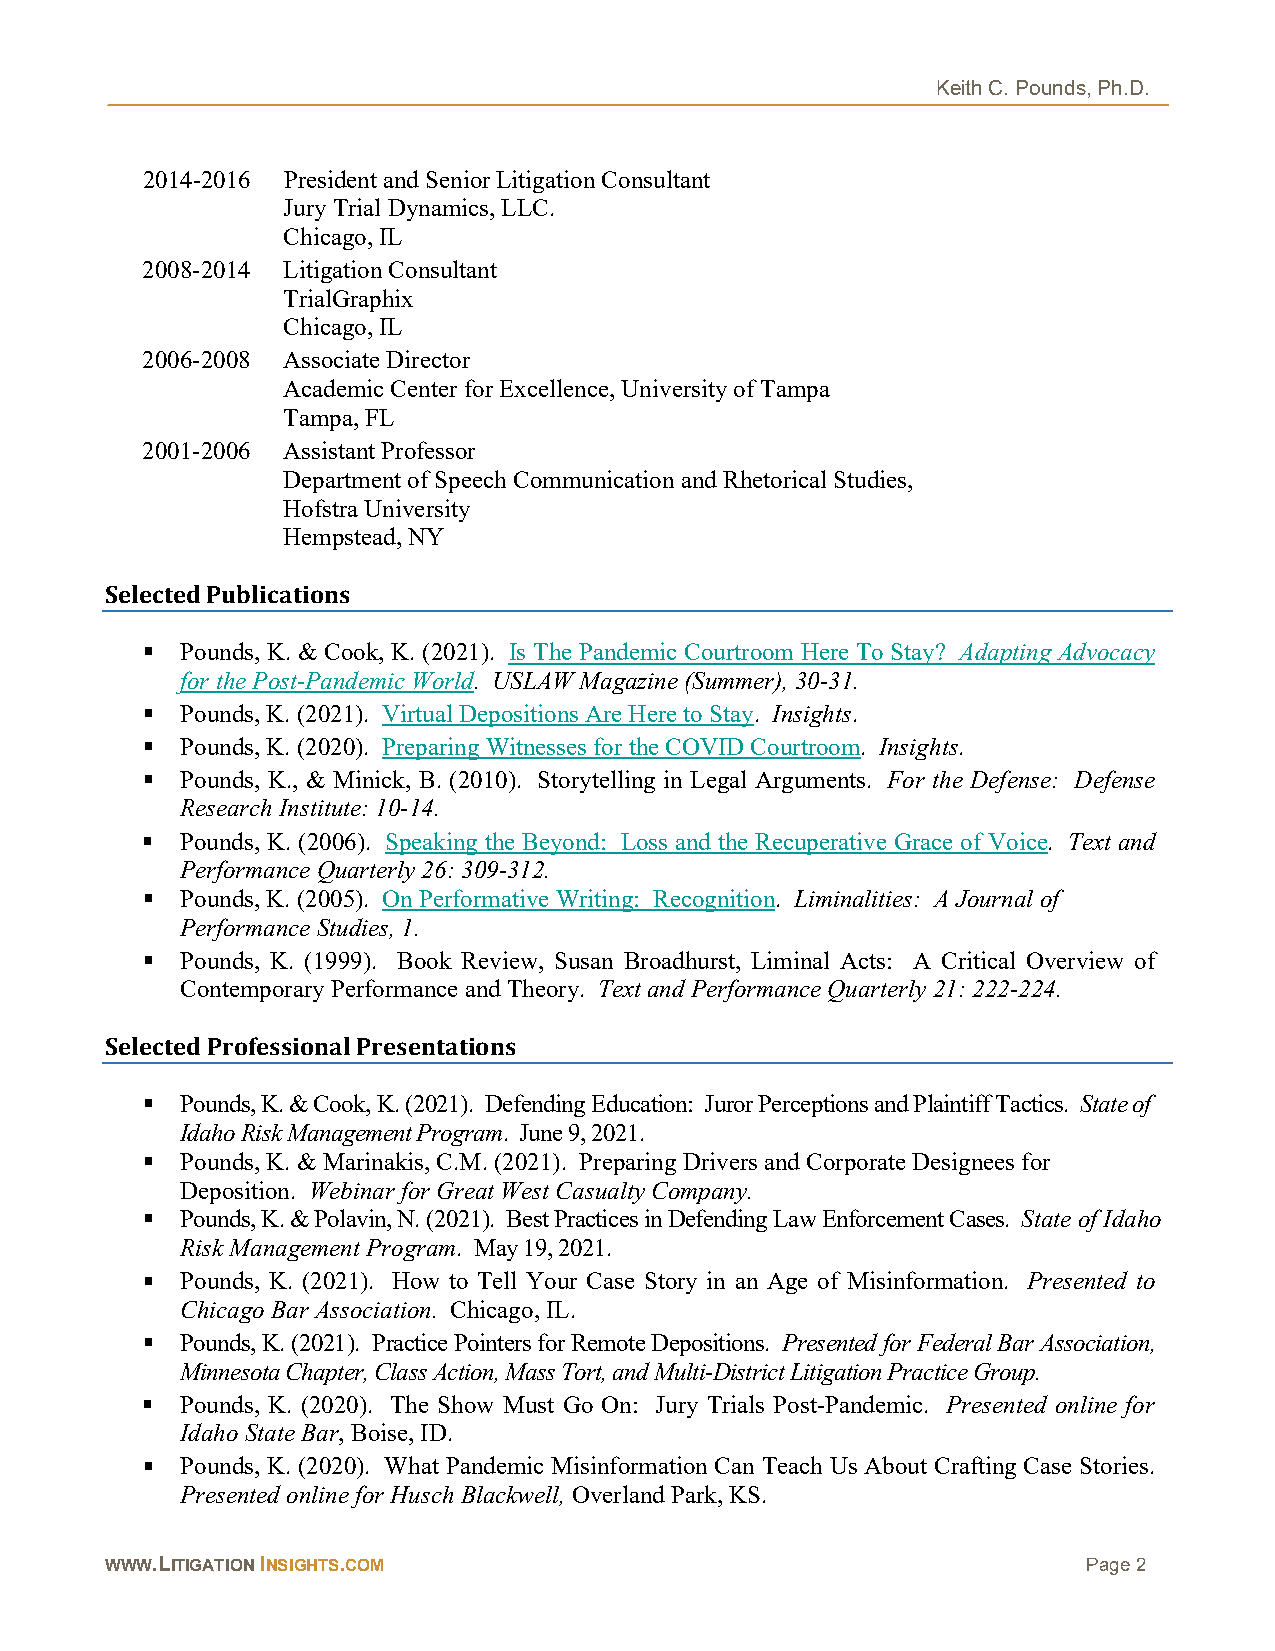
Keith C. Pounds, Ph.D.
 2014-2016 President and Senior Litigation Consultant
 Jury Trial Dynamics, LLC.
 Chicago, IL
 2008-2014 Litigation Consultant
 TrialGraphix
 Chicago, IL
 2006-2008 Associate Director
 Academic Center for Excellence, University of Tampa
 Tampa, FL
 2001-2006 Assistant Professor
 Department of Speech Communication and Rhetorical Studies,
 Hofstra University
 Hempstead, NY
 Selected Publications
   Pounds, K. & Cook, K. (2021). Is The Pandemic Courtroom Here To Stay? Adapting Advocacy
 for the Post-Pandemic World. USLAW Magazine (Summer), 30-31.
   Pounds, K. (2021). Virtual Depositions Are Here to Stay. Insights.
   Pounds, K. (2020). Preparing Witnesses for the COVID Courtroom. Insights.
   Pounds, K., & Minick, B. (2010). Storytelling in Legal Arguments. For the Defense: Defense
 Research Institute: 10-14.
   Pounds, K. (2006). Speaking the Beyond: Loss and the Recuperative Grace of Voice. Text and
 Performance Quarterly 26: 309-312.
   Pounds, K. (2005). On Performative Writing: Recognition. Liminalities: A Journal of
 Performance Studies, 1.
   Pounds, K. (1999). Book Review, Susan Broadhurst, Liminal Acts: A Critical Overview of
 Contemporary Performance and Theory. Text and Performance Quarterly 21: 222-224.
 Selected Professional Presentations
   Pounds, K. & Cook, K. (2021). Defending Education: Juror Perceptions and Plaintiff Tactics. State of
 Idaho Risk Management Program. June 9, 2021.
   Pounds, K. & Marinakis, C.M. (2021). Preparing Drivers and Corporate Designees for
 Deposition. Webinar for Great West Casualty Company.
   Pounds, K. & Polavin, N. (2021). Best Practices in Defending Law Enforcement Cases. State of Idaho
 Risk Management Program. May 19, 2021.
   Pounds, K. (2021). How to Tell Your Case Story in an Age of Misinformation. Presented to
 Chicago Bar Association. Chicago, IL.
   Pounds, K. (2021). Practice Pointers for Remote Depositions. Presented for Federal Bar Association,
 Minnesota Chapter, Class Action, Mass Tort, and Multi-District Litigation Practice Group.
   Pounds, K. (2020). The Show Must Go On: Jury Trials Post-Pandemic. Presented online for
 Idaho State Bar, Boise, ID.
   Pounds, K. (2020). What Pandemic Misinformation Can Teach Us About Crafting Case Stories.
 Presented online for Husch Blackwell, Overland Park, KS.
 WWW.LITIGATION INSIGHTS.COM                                      Page 2